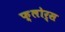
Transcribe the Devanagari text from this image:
फ़्लोर्स